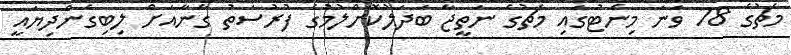
މެޗުގެ 78 ވަނަ މިނެޓުގައި މެޗުގެ ނަތީޖާ ބަދަލުކޮށްލުމުގެ ފުރުސަތު ގާނާއަށް ލިބިގެންދިޔައީ